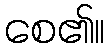
စေ၏။